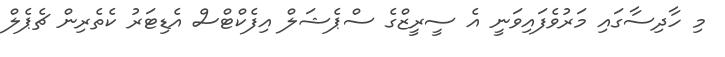
މި ހާދިސާގައި މަރުވެފައިވަނީ އެ ސީރީޒްގެ ސްޕެޝަލް އިފެކްޓްސް އެޑިޓަރު ކެތެރިން ޗެޕެލް